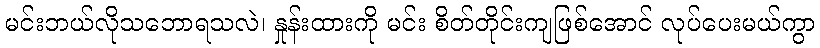
မင်းဘယ်လိုသဘောရသလဲ၊ နှုန်းထားကို မင်း စိတ်တိုင်းကျဖြစ်အောင် လုပ်ပေးမယ်ကွာ